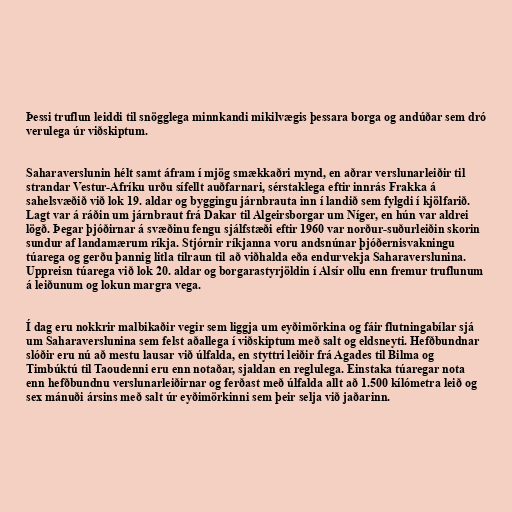
Þessi truflun leiddi til snögglega minnkandi mikilvægis þessara borga og andúðar sem dró
verulega úr viðskiptum.

Saharaverslunin hélt samt áfram í mjög smækkaðri mynd, en aðrar verslunarleiðir til
strandar Vestur-Afríku urðu sífellt auðfarnari, sérstaklega eftir innrás Frakka á
sahelsvæðið við lok 19. aldar og byggingu járnbrauta inn í landið sem fylgdi í kjölfarið.
Lagt var á ráðin um járnbraut frá Dakar til Algeirsborgar um Níger, en hún var aldrei
lögð. Þegar þjóðirnar á svæðinu fengu sjálfstæði eftir 1960 var norður-suðurleiðin skorin
sundur af landamærum ríkja. Stjórnir ríkjanna voru andsnúnar þjóðernisvakningu
túarega og gerðu þannig litla tilraun til að viðhalda eða endurvekja Saharaverslunina.
Uppreisn túarega við lok 20. aldar og borgarastyrjöldin í Alsír ollu enn fremur truflunum
á leiðunum og lokun margra vega.

Í dag eru nokkrir malbikaðir vegir sem liggja um eyðimörkina og fáir flutningabílar sjá
um Saharaverslunina sem felst aðallega í viðskiptum með salt og eldsneyti. Hefðbundnar
slóðir eru nú að mestu lausar við úlfalda, en styttri leiðir frá Agades til Bilma og
Timbúktú til Taoudenni eru enn notaðar, sjaldan en reglulega. Einstaka túaregar nota
enn hefðbundnu verslunarleiðirnar og ferðast með úlfalda allt að 1.500 kílómetra leið og
sex mánuði ársins með salt úr eyðimörkinni sem þeir selja við jaðarinn.